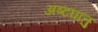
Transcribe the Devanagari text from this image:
अष्टघातु